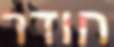
חודר